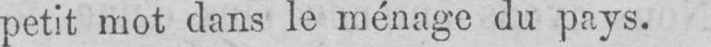
petit mot dans le ménage du pays.